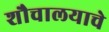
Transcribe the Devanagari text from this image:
शौचालयाचे